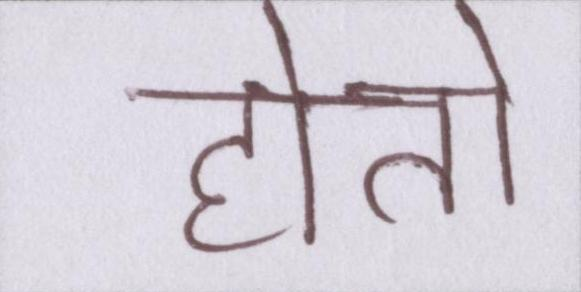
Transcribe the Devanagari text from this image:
होतो